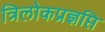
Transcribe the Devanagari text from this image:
त्रिलोकप्रज्ञप्ति